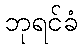
ဘုရင်ခံ